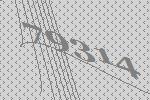
79314